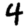
Digit: 4